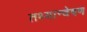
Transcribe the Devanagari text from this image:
तथ्यान्वेषण